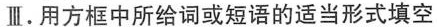
Ⅲ.用方框中所给词或短语的适当形式填空